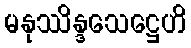
မနုဿိန္ဒသေဋ္ဌေဟိ